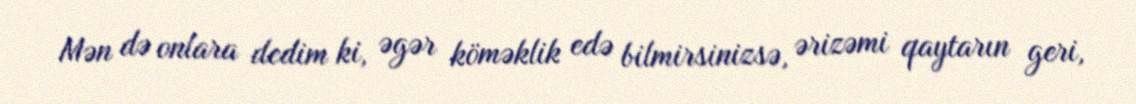
Mən də onlara dedim ki, əgər köməklik edə bilmirsinizsə, ərizəmi qaytarın geri,